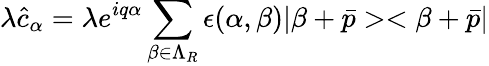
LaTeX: \lambda\hat{c}_{\alpha}=\lambda e^{iq\alpha}\sum_{\beta\in\Lambda_{R}}\epsilon(\alpha,\beta)|\beta+\bar{p}><\beta+\bar{p}|